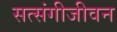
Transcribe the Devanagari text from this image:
सत्संगीजीवन